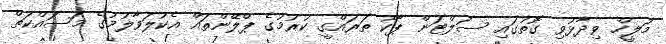
މަލީހް ވިދާޅުވި ގޮތުގައި ސަލްޓަން ޕާކު ތަރައްގީ ކުރުމުގެ ޕްލޭންތައް އެކުލަވާލުމުގެ މަސައްކަތް